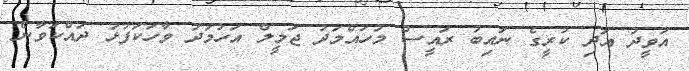
އަވީދު އަދި ކުރީގެ ނައިބު ރައީސް މުހައްމަދު ޖަމީލް އަހުމަދު ވާހަކަފުޅު ދައްކަވާނެ